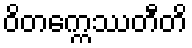
ဝိတက္ကေဿတီတိ